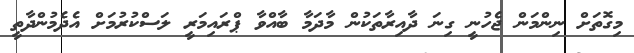
މިގޮތަށް ނިންމަން ޖެހުނީ ގިނަ ދާއިރާތަކުން މާދަމާ ބާއްވާ ޕްރައިމަރީ ލަސްކުރުމަށް އެދެމުންދާތީ